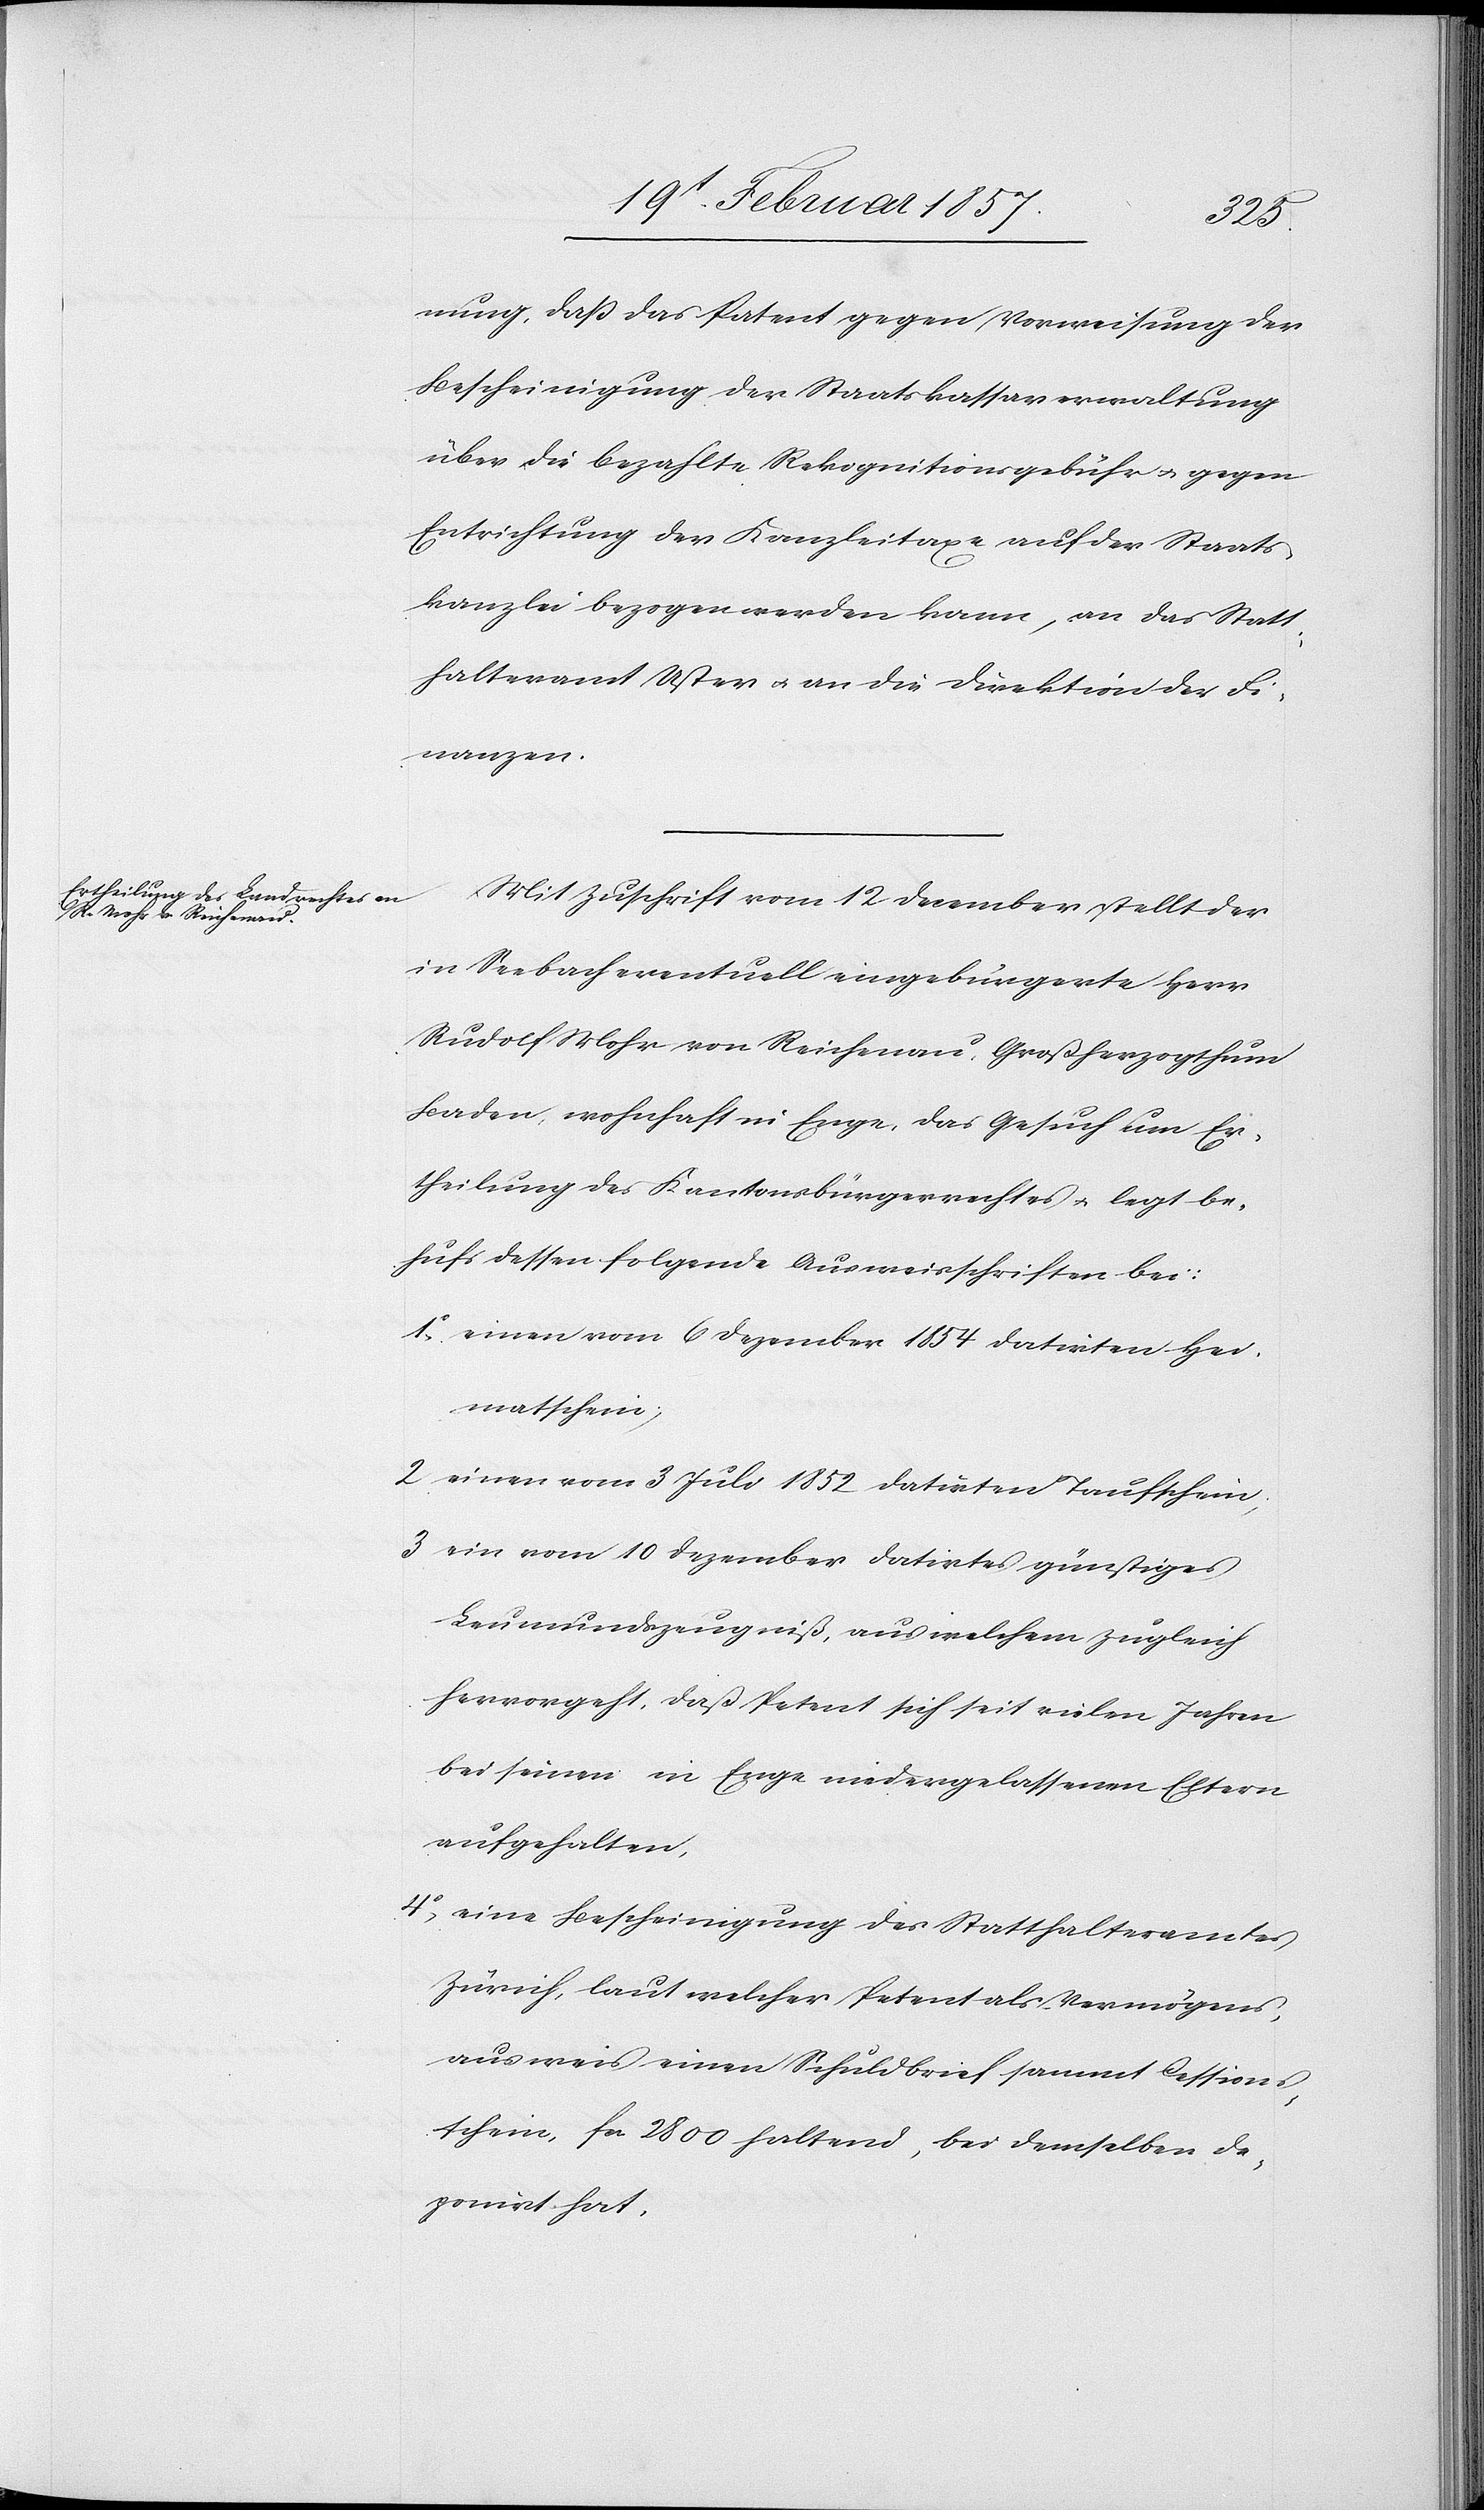
nung, daß das Patent gegen Vorweisung der
Bescheinigung der Staatskassaverwaltung
über die bezahlte Rekognitionsgebühr u. gegen
Entrichtung der Kanzleitaxe auf der Staats¬
kanzlei bezogen werden kann, an das Statt¬
halteramt Uster u. an die Direktion der Fi¬
nanzen.
Mit Zuschrift vom 12 December stellt der
in Seebach eventuell eingebürgerte Herr
Rudolf Mohr von Reichenau, Großherzogthum
Baden, wohnhaft in Enge, das Gesuch um Er¬
theilung des Kantonsbürgerrechtes u. legt be¬
hufs dessen folgende Ausweisschriften bei:
1o einen vom 6 Dezember 1854 datirten Hei¬
matschein;
2 einen vom 3 Juli 1852 datirten Taufschein;
3 ein vom 10 Dezember datirtes günstiges
Leumundszeugniß, aus welchem zugleich
hervorgeht, daß Petent sich seit vielen Jahren
bei seinen in Enge niedergelassenen Eltern
aufgehalten,
4o eine Bescheinigung des Statthalteramtes
Zürich, laut welcher Petent als Vermögens¬
ausweis einen Schuldbrief sammt Cessions¬
schein fr 2800 haltend, bei demselben de¬
ponirt hat,